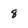
Character: 8